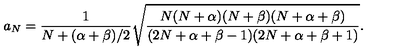
a _ { N } = { \frac { 1 } { N + ( \alpha + \beta ) / 2 } } \sqrt { { \frac { N ( N + \alpha ) ( N + \beta ) ( N + \alpha + \beta ) } { ( 2 N + \alpha + \beta - 1 ) ( 2 N + \alpha + \beta + 1 ) } } } .